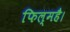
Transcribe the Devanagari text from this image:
फिल्महै।